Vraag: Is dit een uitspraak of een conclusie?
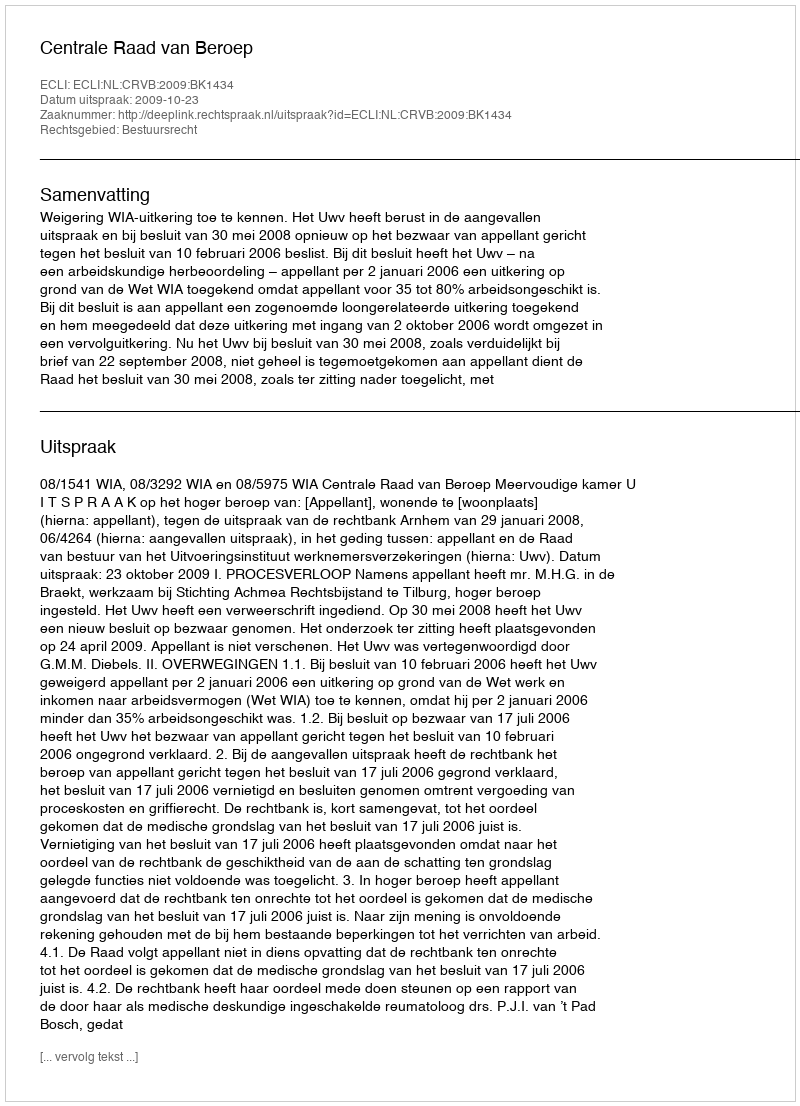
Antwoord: Uitspraak